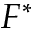
F ^ { * }